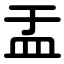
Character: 盂